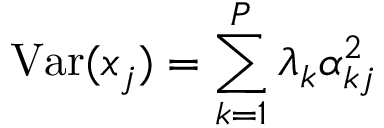
\operatorname { V a r } ( x _ { j } ) = \sum _ { k = 1 } ^ { P } \lambda _ { k } \alpha _ { k j } ^ { 2 }